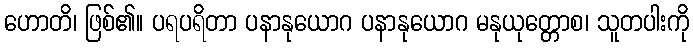
ဟောတိ၊ ဖြစ်၏။ ပရပရိတာ ပနာနုယောဂ ပနာနုယောဂ မနုယုတ္တောစ၊ သူတပါးကို